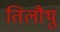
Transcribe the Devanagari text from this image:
तिलौथु